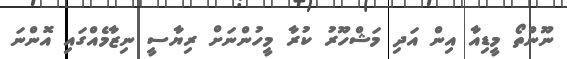
ނޫންތޯ މީޑިއާ އިން އަދި މަޝްހޫރު ކުރާ މީހުންނަށް ރިޔާސީ ނިޒާމެއްގައި އޮންނަ